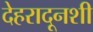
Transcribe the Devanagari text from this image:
देहरादूनशी